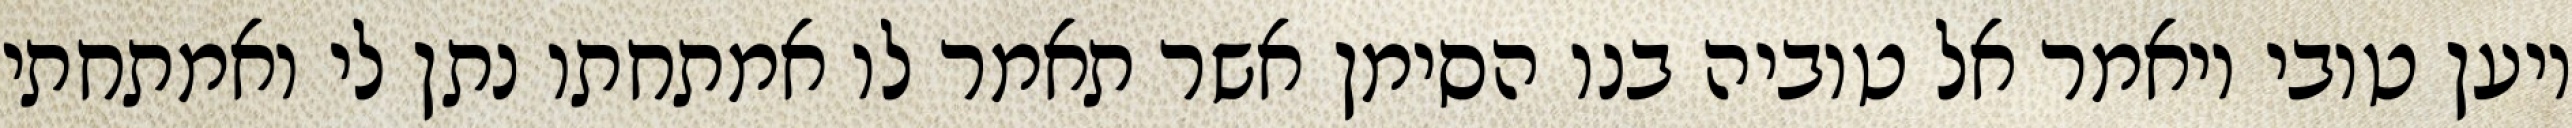
ויען טובי ויאמר אל טוביה בנו הסימן אשר תאמר לו אמתחתו נתן לי ואמתחתי